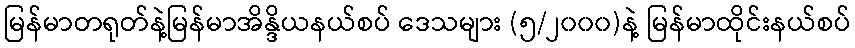
မြန်မာတရုတ်နဲ့မြန်မာအိန္ဒိယနယ်စပ် ဒေသများ (၅/၂၀၀၀)နဲ့ မြန်မာထိုင်းနယ်စပ်